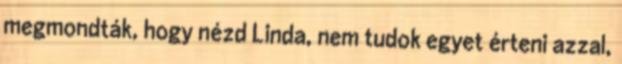
megmondták, hogy nézd Linda, nem tudok egyet érteni azzal,